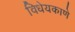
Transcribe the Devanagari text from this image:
विधेयकाणे